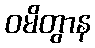
ဝမိတွာန